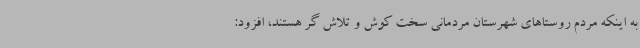
به اینکه مردم روستاهای شهرستان مردمانی سخت کوش و تلاش گر هستند، افزود: